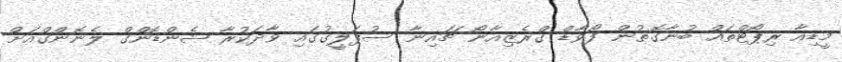
މީޑިއާ ރިޕޯޓްތައް ބުނާގޮތުން ފޯވާޑް ގްރެޒިއާނޯ ޗައިނާ ސުޕަލީގުގައި ވާދަކުރާ ޝެންޑޮންގް ލެނޮންގްއަށް